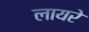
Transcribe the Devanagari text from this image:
लायरे